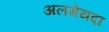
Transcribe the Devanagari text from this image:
अलमेयदा